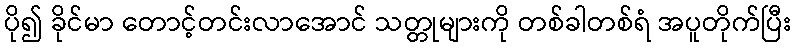
ပို၍ ခိုင်မာ တောင့်တင်းလာအောင် သတ္တုများကို တစ်ခါတစ်ရံ အပူတိုက်ပြီး